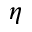
\eta